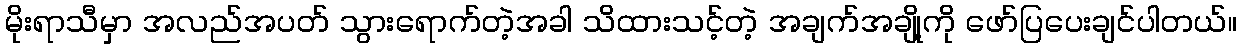
မိုးရာသီမှာ အလည်အပတ် သွားရောက်တဲ့အခါ သိထားသင့်တဲ့ အချက်အချို့ကို ဖော်ပြပေးချင်ပါတယ်။